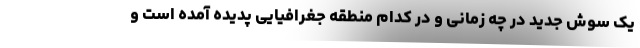
یک سوش جدید در چه زمانی و در کدام منطقه جغرافیایی پدیده آمده است و